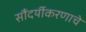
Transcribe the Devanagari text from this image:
सौंदर्यीकरणाचे